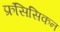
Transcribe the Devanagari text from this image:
फ्रंसिसिकन